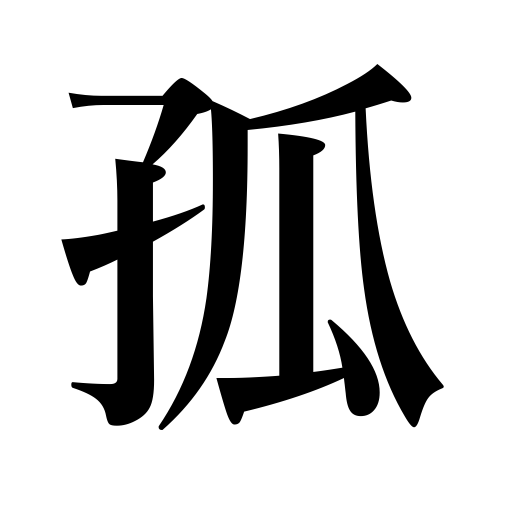
Meanings: orphan